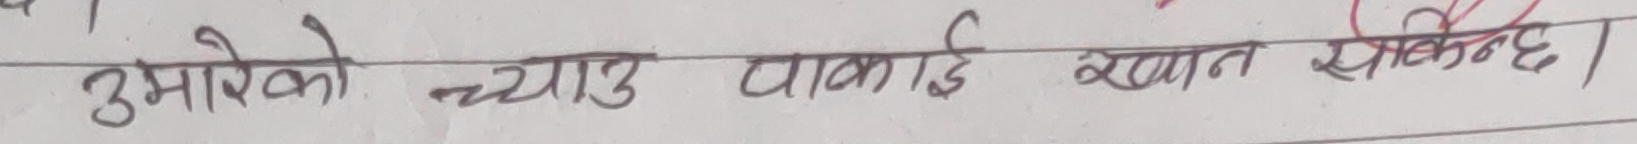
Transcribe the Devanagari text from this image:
उमालेको च्याउ पकाई खान सकिन्छ।